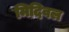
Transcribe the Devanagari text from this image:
मिदिवल